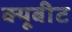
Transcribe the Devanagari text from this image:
क्यूबीट